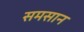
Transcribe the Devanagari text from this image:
समसान